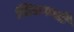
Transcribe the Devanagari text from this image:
खिलफती